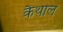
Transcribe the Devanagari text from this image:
कैथाल